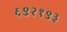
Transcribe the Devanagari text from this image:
६९२१९३